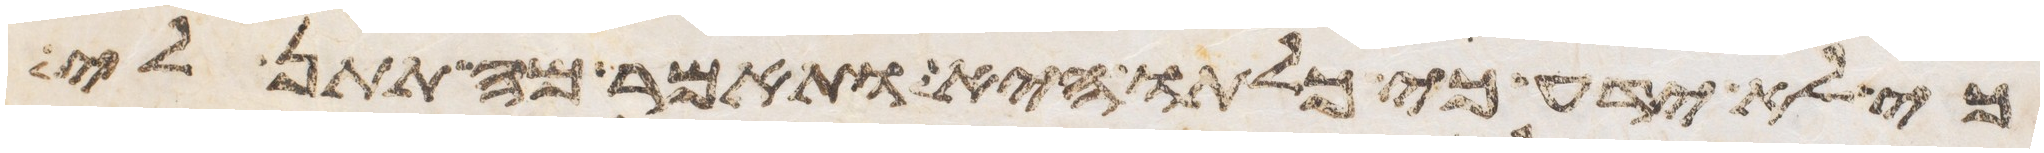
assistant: כי לא ידע כי כלתו היא ותאמר מה תתן לי